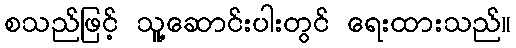
စသည်ဖြင့် သူ့ဆောင်းပါးတွင် ရေးထားသည်။